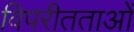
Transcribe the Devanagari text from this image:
विपरीतताओं